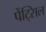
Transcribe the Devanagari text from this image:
पेंट्सिल